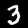
Digit: 3